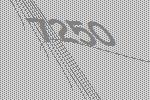
7250